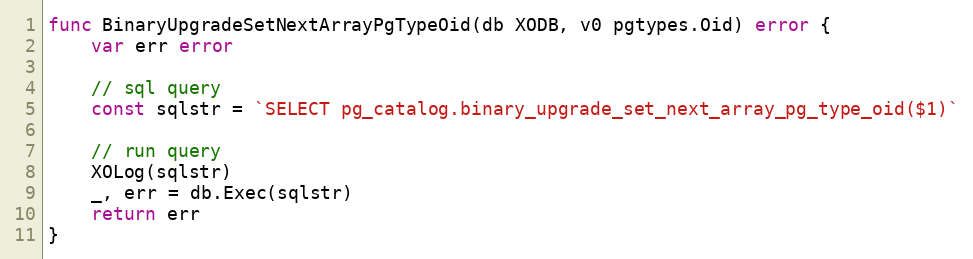
Language: Go
func BinaryUpgradeSetNextArrayPgTypeOid(db XODB, v0 pgtypes.Oid) error {
	var err error

	// sql query
	const sqlstr = `SELECT pg_catalog.binary_upgrade_set_next_array_pg_type_oid($1)`

	// run query
	XOLog(sqlstr)
	_, err = db.Exec(sqlstr)
	return err
}